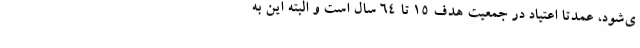
ی‌شود، عمدتاً اعتیاد در جمعیت هدف ۱۵ تا ۶۴ سال است و البته این به